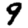
Digit: 9